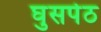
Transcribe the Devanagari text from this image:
घुसपेठ